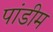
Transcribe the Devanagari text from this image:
पांडीम